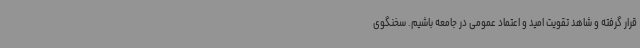
قرار گرفته و شاهد تقویت امید و اعتماد عمومی در جامعه باشیم. سخنگوی